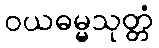
ဝယဓမ္မသုတ္တံ